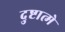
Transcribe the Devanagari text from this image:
दुष्टात्मे